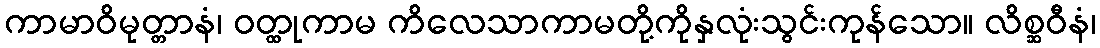
ကာမာဝိမုတ္တာနံ၊ ဝတ္ထုကာမ ကိလေသာကာမတို့ကိုနှလုံးသွင်းကုန်သော။ လိစ္ဆဝီနံ၊